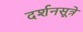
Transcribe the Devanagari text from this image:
दर्शनसूत्रे